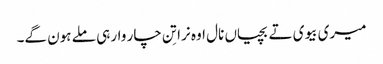
میری بیوی تے بچیاں نال اوہ نرا تِن چار وار ہی ملے ہون گے۔